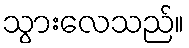
သွားလေသည်။